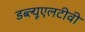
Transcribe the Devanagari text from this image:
डब्ल्यूएलटीवी